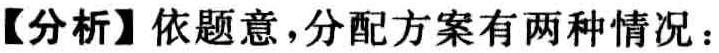
【分析】依题意，分配方案有两种情况：